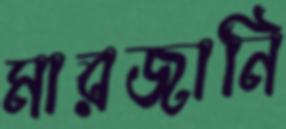
মারজানি